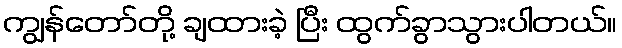
ကျွန်တော်တို့ ချထားခဲ့ ပြီး ထွက်ခွာသွားပါတယ်။